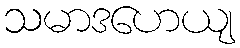
သမာဒဟေယျ